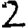
Digit: 2